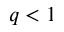
q < 1